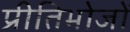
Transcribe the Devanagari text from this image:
प्रीतिभोजों